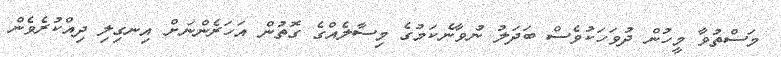
މަސްތުވާ މީހުން ދުވަހަކުވެސް ބަދަލު ނުވާނެކަމުގެ މިސާލެއްގެ ގޮތުން އަހަރެންނަށް އިނގިލި ދިއްކުރެވެން